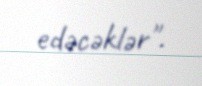
edəcəklər".